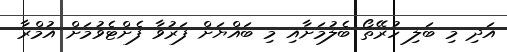
އަދި މި ބަލި ހުރޭތޯ ބެލުމަށާއި މި ބައްޔަށް ފަރުވާ ފެށްްޓެވުމަށް އުމްރާ